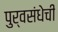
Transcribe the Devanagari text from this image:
पुर्वसंधेची